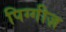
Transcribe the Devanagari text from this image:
पिग्गीज़